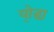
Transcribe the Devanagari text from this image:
यो्द्धा